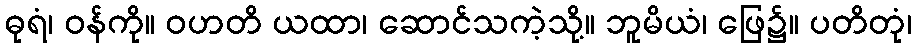
ဓုရံ၊ ဝန်ကို။ ဝဟတိ ယထာ၊ ဆောင်သကဲ့သို့။ ဘူမိယံ၊ ဖြေ၌။ ပတိတုံ၊